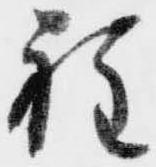
程